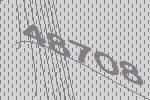
48708